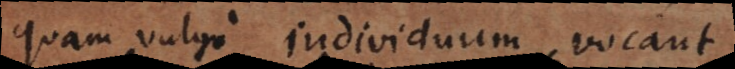
quam vulgo individuum vocant.